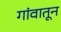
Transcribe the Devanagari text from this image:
गांवातून